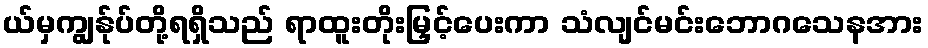
ယ်မှကျွန်ုပ်တို့ရရှိသည် ရာထူးတိုးမြှင့်ပေးကာ သံလျင်မင်းဘောဂသေနအား